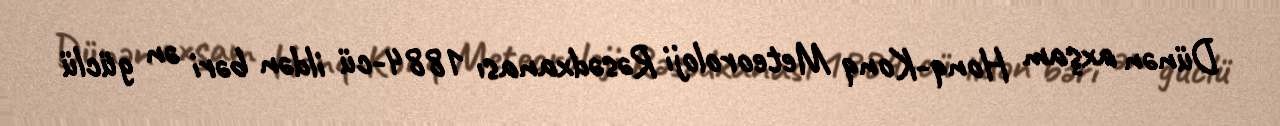
Dünən axşam Honq-Konq Meteoroloji Rəsədxanası 1884-cü ildən bəri ən güclü